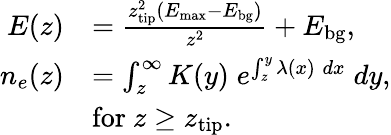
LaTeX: \begin{array}{rl}{E(z)}&{=\frac{z_{\mathrm{tip}}^{2}(E_{\mathrm{max}}-E_{\mathrm{bg}})}{z^{2}}+E_{\mathrm{bg}},}\\ {n_{e}(z)}&{=\int_{z}^{\infty}K(y)\; e^{\int_{z}^{y}\lambda(x)\; dx}\; dy,}\\ &{\mathrm{for~}z\geq z_{\mathrm{tip}}.}\end{array}